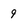
Character: 9